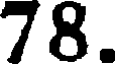
78.